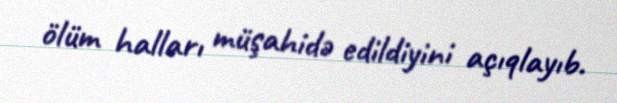
ölüm halları müşahidə edildiyini açıqlayıb.